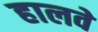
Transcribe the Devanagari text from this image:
हालवे